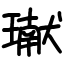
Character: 𤩽